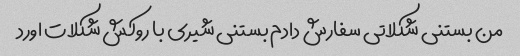
من بستنی شکلاتی سفارش دادم بستنی شیری با روکش شکلات اورد